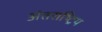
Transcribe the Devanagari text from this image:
अंत्तराष्ट्रिय